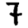
Digit: 7